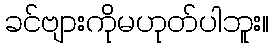
ခင်ဗျားကိုမဟုတ်ပါဘူး။